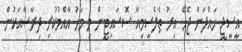
އީސީޖީ ހައްދަން ޖެހޭ އިރު ތެލެސީމިއާ ސޮސައިޓީން މި މަހު އާއްމުކުރި ދިރާސާއަކުން